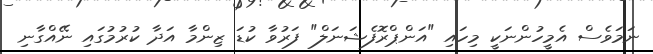
ނަމަވެސް އެމީހުންނަކީ މިހައި "އަންޕްރޮފެޝަނަލް" ފަރުވާ ކުޑަ ޒިންމާ އަދާ ކުރުމުގައި ނޭއްގާނި